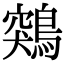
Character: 鶟